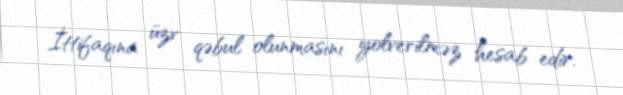
İttifaqına üzv qəbul olunmasını yolverilməz hesab edir.